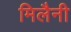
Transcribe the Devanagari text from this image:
मिलैनी